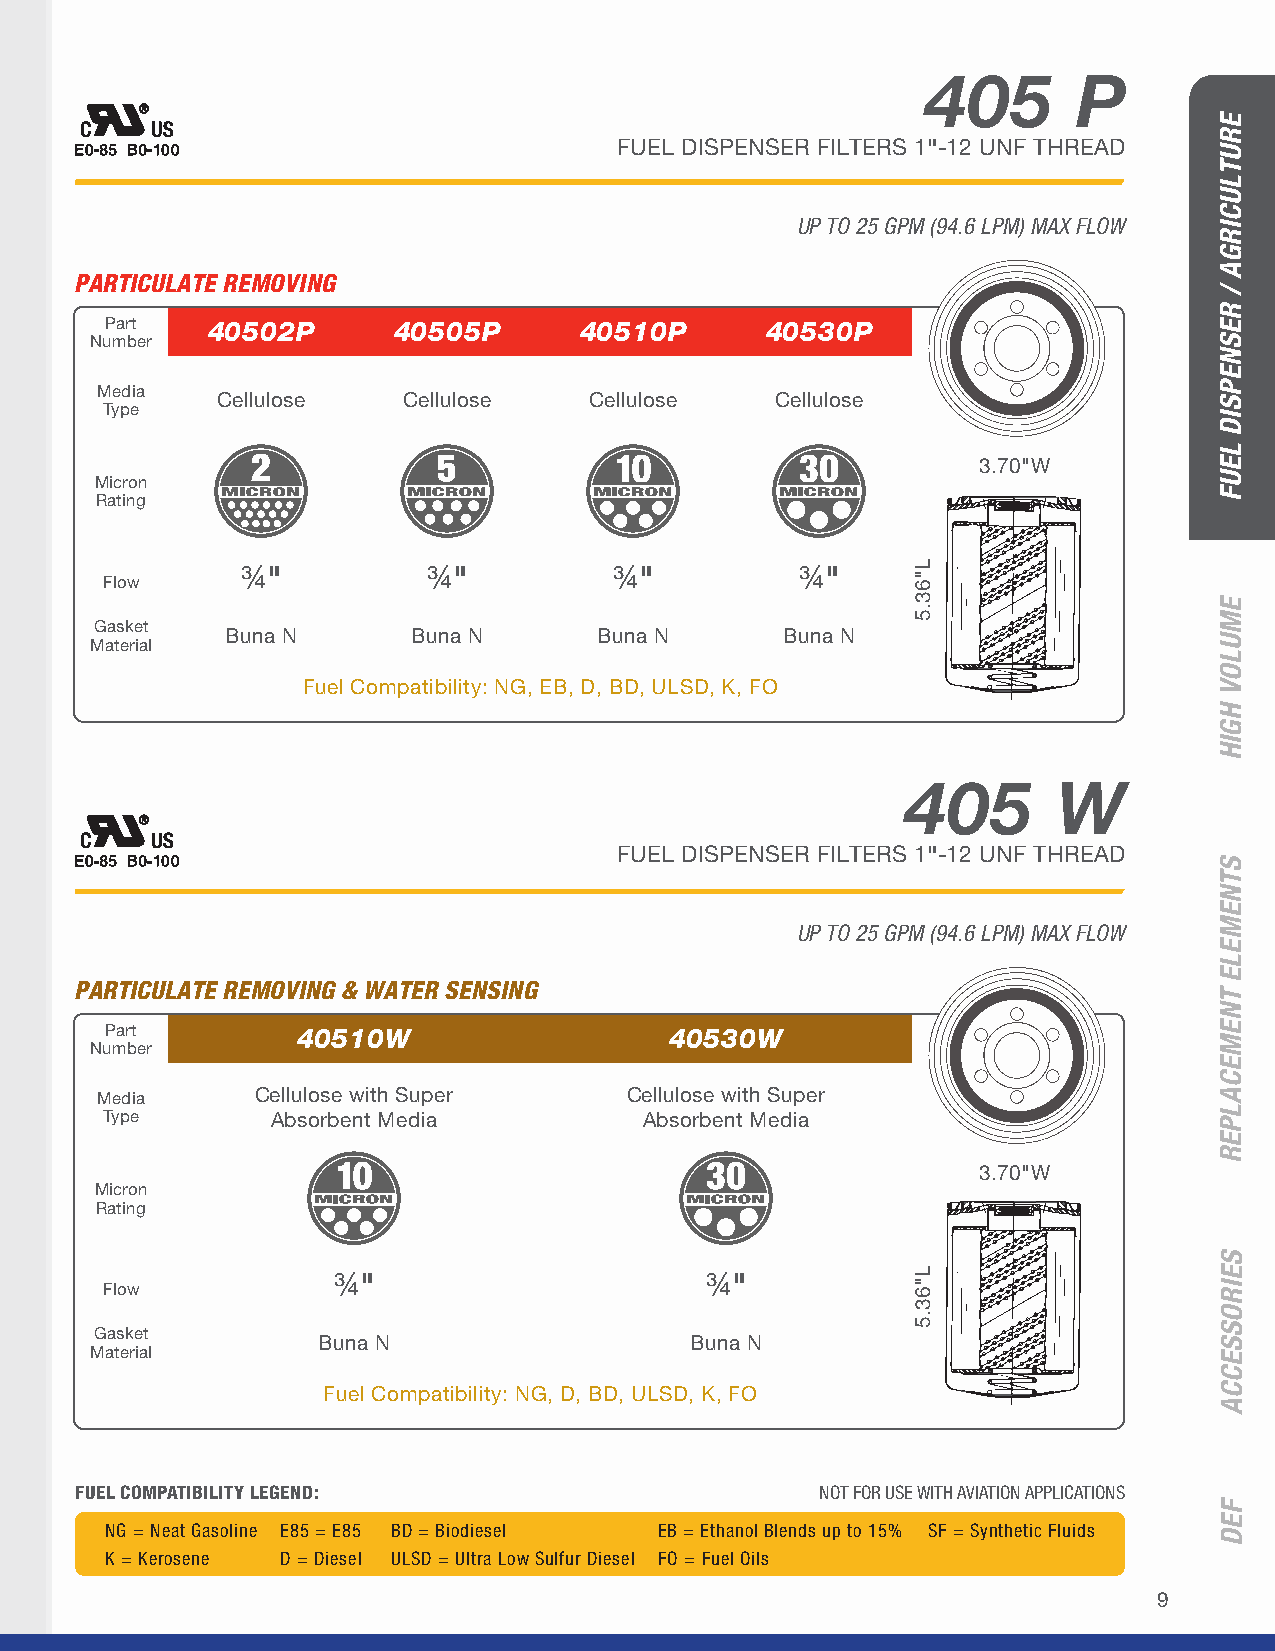
405       P
 FUEL DISPENSER FILTERS 1"-12 UNF THREAD
 UP TO 25 GPM (94.6 LPM) MAX FLOW
 PARTICULATE REMOVING
 Part   40502P      40505P      40510P       40530P
 Number
 Media
 Cellulose    Cellulose   Cellulose   Cellulose
 Type
 3.70"W
 Micron
 Rating
 ¾"          ¾"           ¾"          ¾"
 Flow
 Gasket
 Buna N      Buna N       Buna N      Buna N
 Material
 Fuel Compatibility: NG, EB, D, BD, ULSD, K, FO
 405       W
 FUEL DISPENSER FILTERS 1"-12 UNF THREAD
 UP TO 25 GPM (94.6 LPM) MAX FLOW
 PARTICULATE REMOVING & WATER SENSING
 Part         40510W                  40530W
 Number
 Media      Cellulose with Super    Cellulose with Super
 Type       Absorbent Media          Absorbent Media
 3.70"W
 Micron
 Rating
 ¾"                       ¾"
 Flow
 Gasket
 Buna N                   Buna N
 Material
 Fuel Compatibility: NG, D, BD, ULSD, K, FO
 FUEL COMPATIBILITY LEGEND:                       NOT FOR USE WITH AVIATION APPLICATIONS
 NG = Neat Gasoline E85 = E85 BD = Biodiesel EB = Ethanol Blends up to 15% SF = Synthetic Fluids
 K = Kerosene D = Diesel ULSD = Ultra Low Sulfur Diesel FO = Fuel Oils
 9
 L"63.5
 L"63.5
 ERUTLUCIRGA
 /
 RESNEPSID
 LEUF
 EMULOV
 HGIH
 STNEMELE
 TNEMECALPER
 SEIROSSECCA
 FED